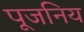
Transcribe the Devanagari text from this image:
पूजनिय